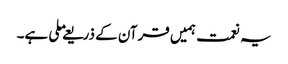
یہ نعمت ہمیں قرآن کے ذریعے ملی ہے۔